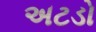
અટડો